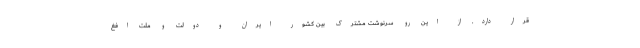
قرار دارد. از این رو سرنوشت مشترک بین کشور ایران و دولت و ملت افغ